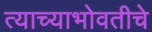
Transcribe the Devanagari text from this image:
त्याच्याभोवतीचे